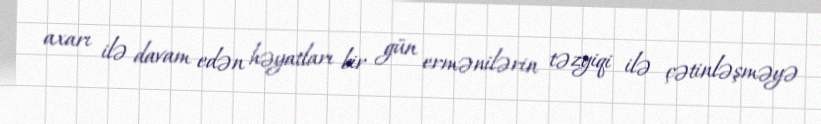
axarı ilə davam edən həyatları bir gün ermənilərin təzyiqi ilə çətinləşməyə